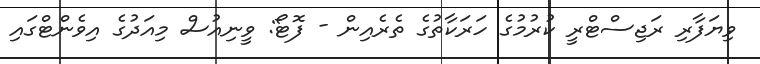
ވިޔަފާރި ރަޖިސްޓްރީ ކުރުމުގެ ހަރަކާތުގެ ތެރެއިން - ފޮޓޯ: ވީނިއުސް މިއަދުގެ އިވެންޓްގައި